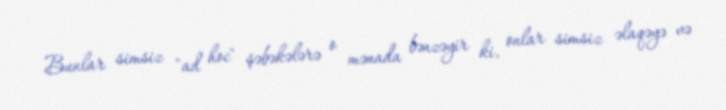
Bunlar simsiz "ad hoc" şəbəkələrə o mənada bənzəyir ki, onlar simsiz əlaqəyə və